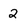
Character: 2